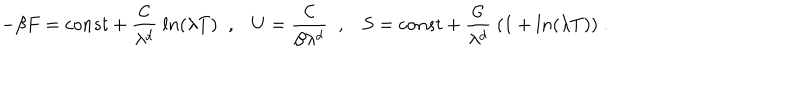
LaTeX: - \beta F = c o n s t + \frac { { \cal C } } { \lambda ^ { d } } \; l n ( \lambda T ) \; \; , U = \frac { { \cal C } } { \beta \lambda ^ { d } } \; \; , S = c o n s t + \frac { { \cal C } } { \lambda ^ { d } } \; ( 1 + l n ( \lambda T ) ) \; .